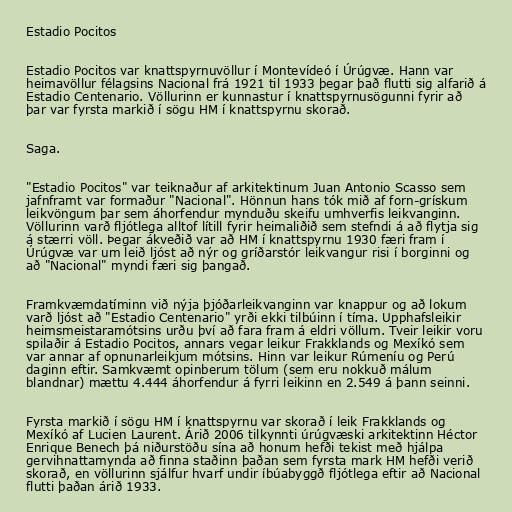
Estadio Pocitos

Estadio Pocitos var knattspyrnuvöllur í Montevídeó í Úrúgvæ. Hann var
heimavöllur félagsins Nacional frá 1921 til 1933 þegar það flutti sig alfarið á
Estadio Centenario. Völlurinn er kunnastur í knattspyrnusögunni fyrir að
þar var fyrsta markið í sögu HM í knattspyrnu skorað.

Saga.

"Estadio Pocitos" var teiknaður af arkitektinum Juan Antonio Scasso sem
jafnframt var formaður "Nacional". Hönnun hans tók mið af forn-grískum
leikvöngum þar sem áhorfendur mynduðu skeifu umhverfis leikvanginn.
Völlurinn varð fljótlega alltof lítill fyrir heimaliðið sem stefndi á að flytja sig
á stærri völl. Þegar ákveðið var að HM í knattspyrnu 1930 færi fram í
Úrúgvæ var um leið ljóst að nýr og gríðarstór leikvangur risi í borginni og
að "Nacional" myndi færi sig þangað.

Framkvæmdatíminn við nýja þjóðarleikvanginn var knappur og að lokum
varð ljóst að "Estadio Centenario" yrði ekki tilbúinn í tíma. Upphafsleikir
heimsmeistaramótsins urðu því að fara fram á eldri völlum. Tveir leikir voru
spilaðir á Estadio Pocitos, annars vegar leikur Frakklands og Mexíkó sem
var annar af opnunarleikjum mótsins. Hinn var leikur Rúmeníu og Perú
daginn eftir. Samkvæmt opinberum tölum (sem eru nokkuð málum
blandnar) mættu 4.444 áhorfendur á fyrri leikinn en 2.549 á þann seinni.

Fyrsta markið í sögu HM í knattspyrnu var skorað í leik Frakklands og
Mexíkó af Lucien Laurent. Árið 2006 tilkynnti úrúgvæski arkitektinn Héctor
Enrique Benech þá niðurstöðu sína að honum hefði tekist með hjálpa
gervihnattamynda að finna staðinn þaðan sem fyrsta mark HM hefði verið
skorað, en völlurinn sjálfur hvarf undir íbúabyggð fljótlega eftir að Nacional
flutti þaðan árið 1933.